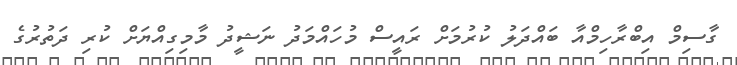
ގާސިމް އިބްރާހިމްއާ ބައްދަލު ކުރުމަށް ރައީސް މުހައްމަދު ނަޝީދު މާމިގިއްޔަށް ކުރި ދަތުރުގެ